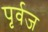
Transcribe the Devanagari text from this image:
पृर्वज